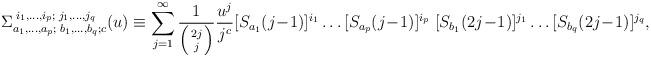
LaTeX: \begin{align*}\Sigma_{a_1,\ldots,a_p;\; b_1,\ldots,b_q;c}^{\; i_1,\ldots,i_p; \;j_1,\ldots,j_q}(u)\equiv\sum_{j=1}^\infty \frac{1}{\left( 2j \atop j\right) } \frac{u^j}{j^c}[S_{a_1}(j\!-\!1)]^{i_1}\ldots [S_{a_p}(j\!-\!1)]^{i_p}\;[S_{b_1}(2j\!-\!1)]^{j_1}\ldots [S_{b_q}(2j\!-\!1)]^{j_q},\end{align*}